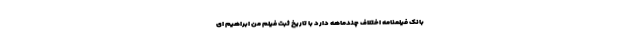
بانک فیلمنامه اختلاف چندماهه دارد با تاریخ ثبت فیلم من ابراهیم ای